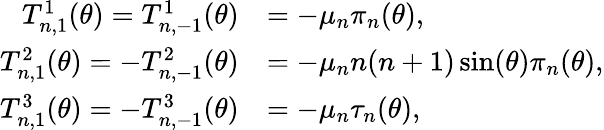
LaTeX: \begin{array}{rl}{T_{n,1}^{1}(\theta)=T_{n,-1}^{1}(\theta)}&{=-\mu_{n}\pi_{n}(\theta),}\\ {T_{n,1}^{2}(\theta)=-T_{n,-1}^{2}(\theta)}&{=-\mu_{n}n(n+1)\sin(\theta)\pi_{n}(\theta),}\\ {T_{n,1}^{3}(\theta)=-T_{n,-1}^{3}(\theta)}&{=-\mu_{n}\tau_{n}(\theta),}\end{array}